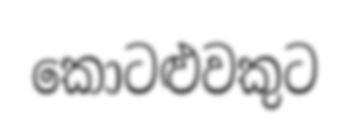
කොටළුවකුට